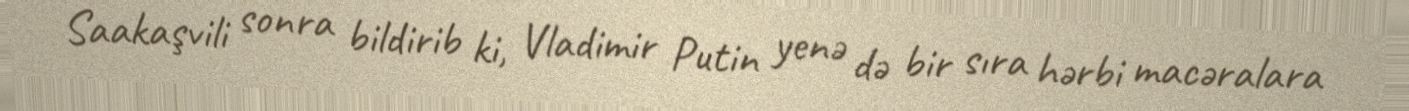
Saakaşvili sonra bildirib ki, Vladimir Putin yenə də bir sıra hərbi macəralara